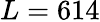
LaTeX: L=614